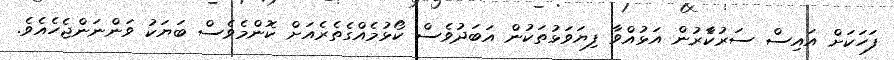
ފަހަކަށް އައިސް ސަރުކާެރުން އަޅުއްވާ ފިޔަވަޅުތަކުން އަބަދުވެސް ކޯޅުމެއްގެތެރެއަށް ކޮންމެވެސް ބަޔަކު ވަންނަންޖެހެއެވެ.